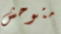
متوحش